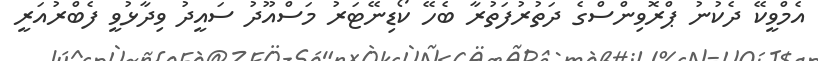
އެމްވީކޭ ދެކުނު ޕްރޮވިންސްގެ ދަތުރުފަތުރާ ބެހޭ ކޯޑިނޭޓަރު މަސްއޫދު ސައީދު ވިދާޅުވީ ފެބްރުއަރީ